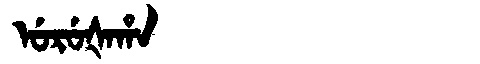
Manchu: ᡠᡵᡠᡧᠠᡥᠠ
Romanization: URUŠAHA